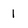
Character: 1